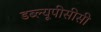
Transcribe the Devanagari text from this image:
डब्ल्यूपीसीसी